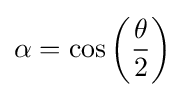
\alpha =\cos \left({\frac {\theta }{2}}\right)